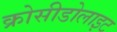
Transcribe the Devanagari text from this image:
क्रोसीडोलाइट